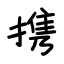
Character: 携